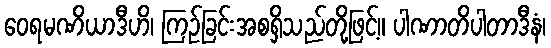
ဝေရမဏိယာဒီဟိ၊ ကြဉ်ခြင်းအစရှိသည်တို့ဖြင့်။ ပါဏာတိပါတာဒီနံ၊